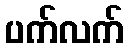
ပက်လက်